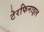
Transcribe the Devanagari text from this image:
टेरफिनाइल